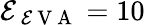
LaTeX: \mathcal{E}_{\mathrm{{~\mathcal{E}~V~A~}}}=10